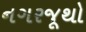
નગરજૂથો